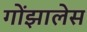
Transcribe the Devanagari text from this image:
गोंझालेस